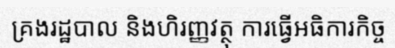
គ្រងរដ្ឋបាល និងហិរញ្ញវត្ថុ ការធ្វើអធិការកិច្ច